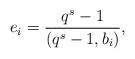
LaTeX: \begin{align*}e_i=\frac{q^{{s}}-1}{(q^{{s}}-1,b_i)}, \end{align*}